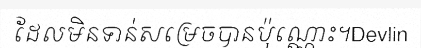
ដែលមិនទាន់សម្រេចបានប៉ុណ្ណោះ។Devlin